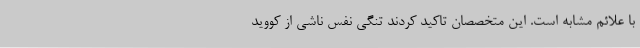
با علائم مشابه است. این متخصصان تاکید کردند تنگی نفس ناشی از کووید